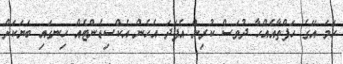
ހަމަ އޭގެ ހަފްތާއެއްހާ ދުވަސް ކުރިން އެފަދަ އެހެން އެކްސިޑެންޓެއް ހިނގައި ބަޔަކަށް